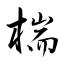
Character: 椯